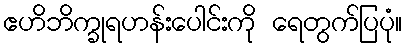
ဧဟိဘိက္ခုရဟန်းပေါင်းကို ရေတွက်ပြပုံ။